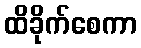
ထိခိုက်စေကာ